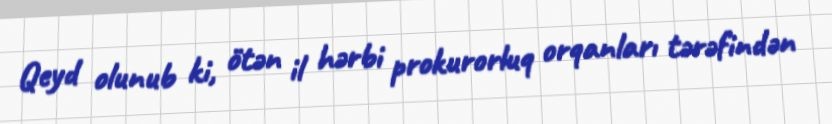
Qeyd olunub ki, ötən il hərbi prokurorluq orqanları tərəfindən